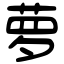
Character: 萝